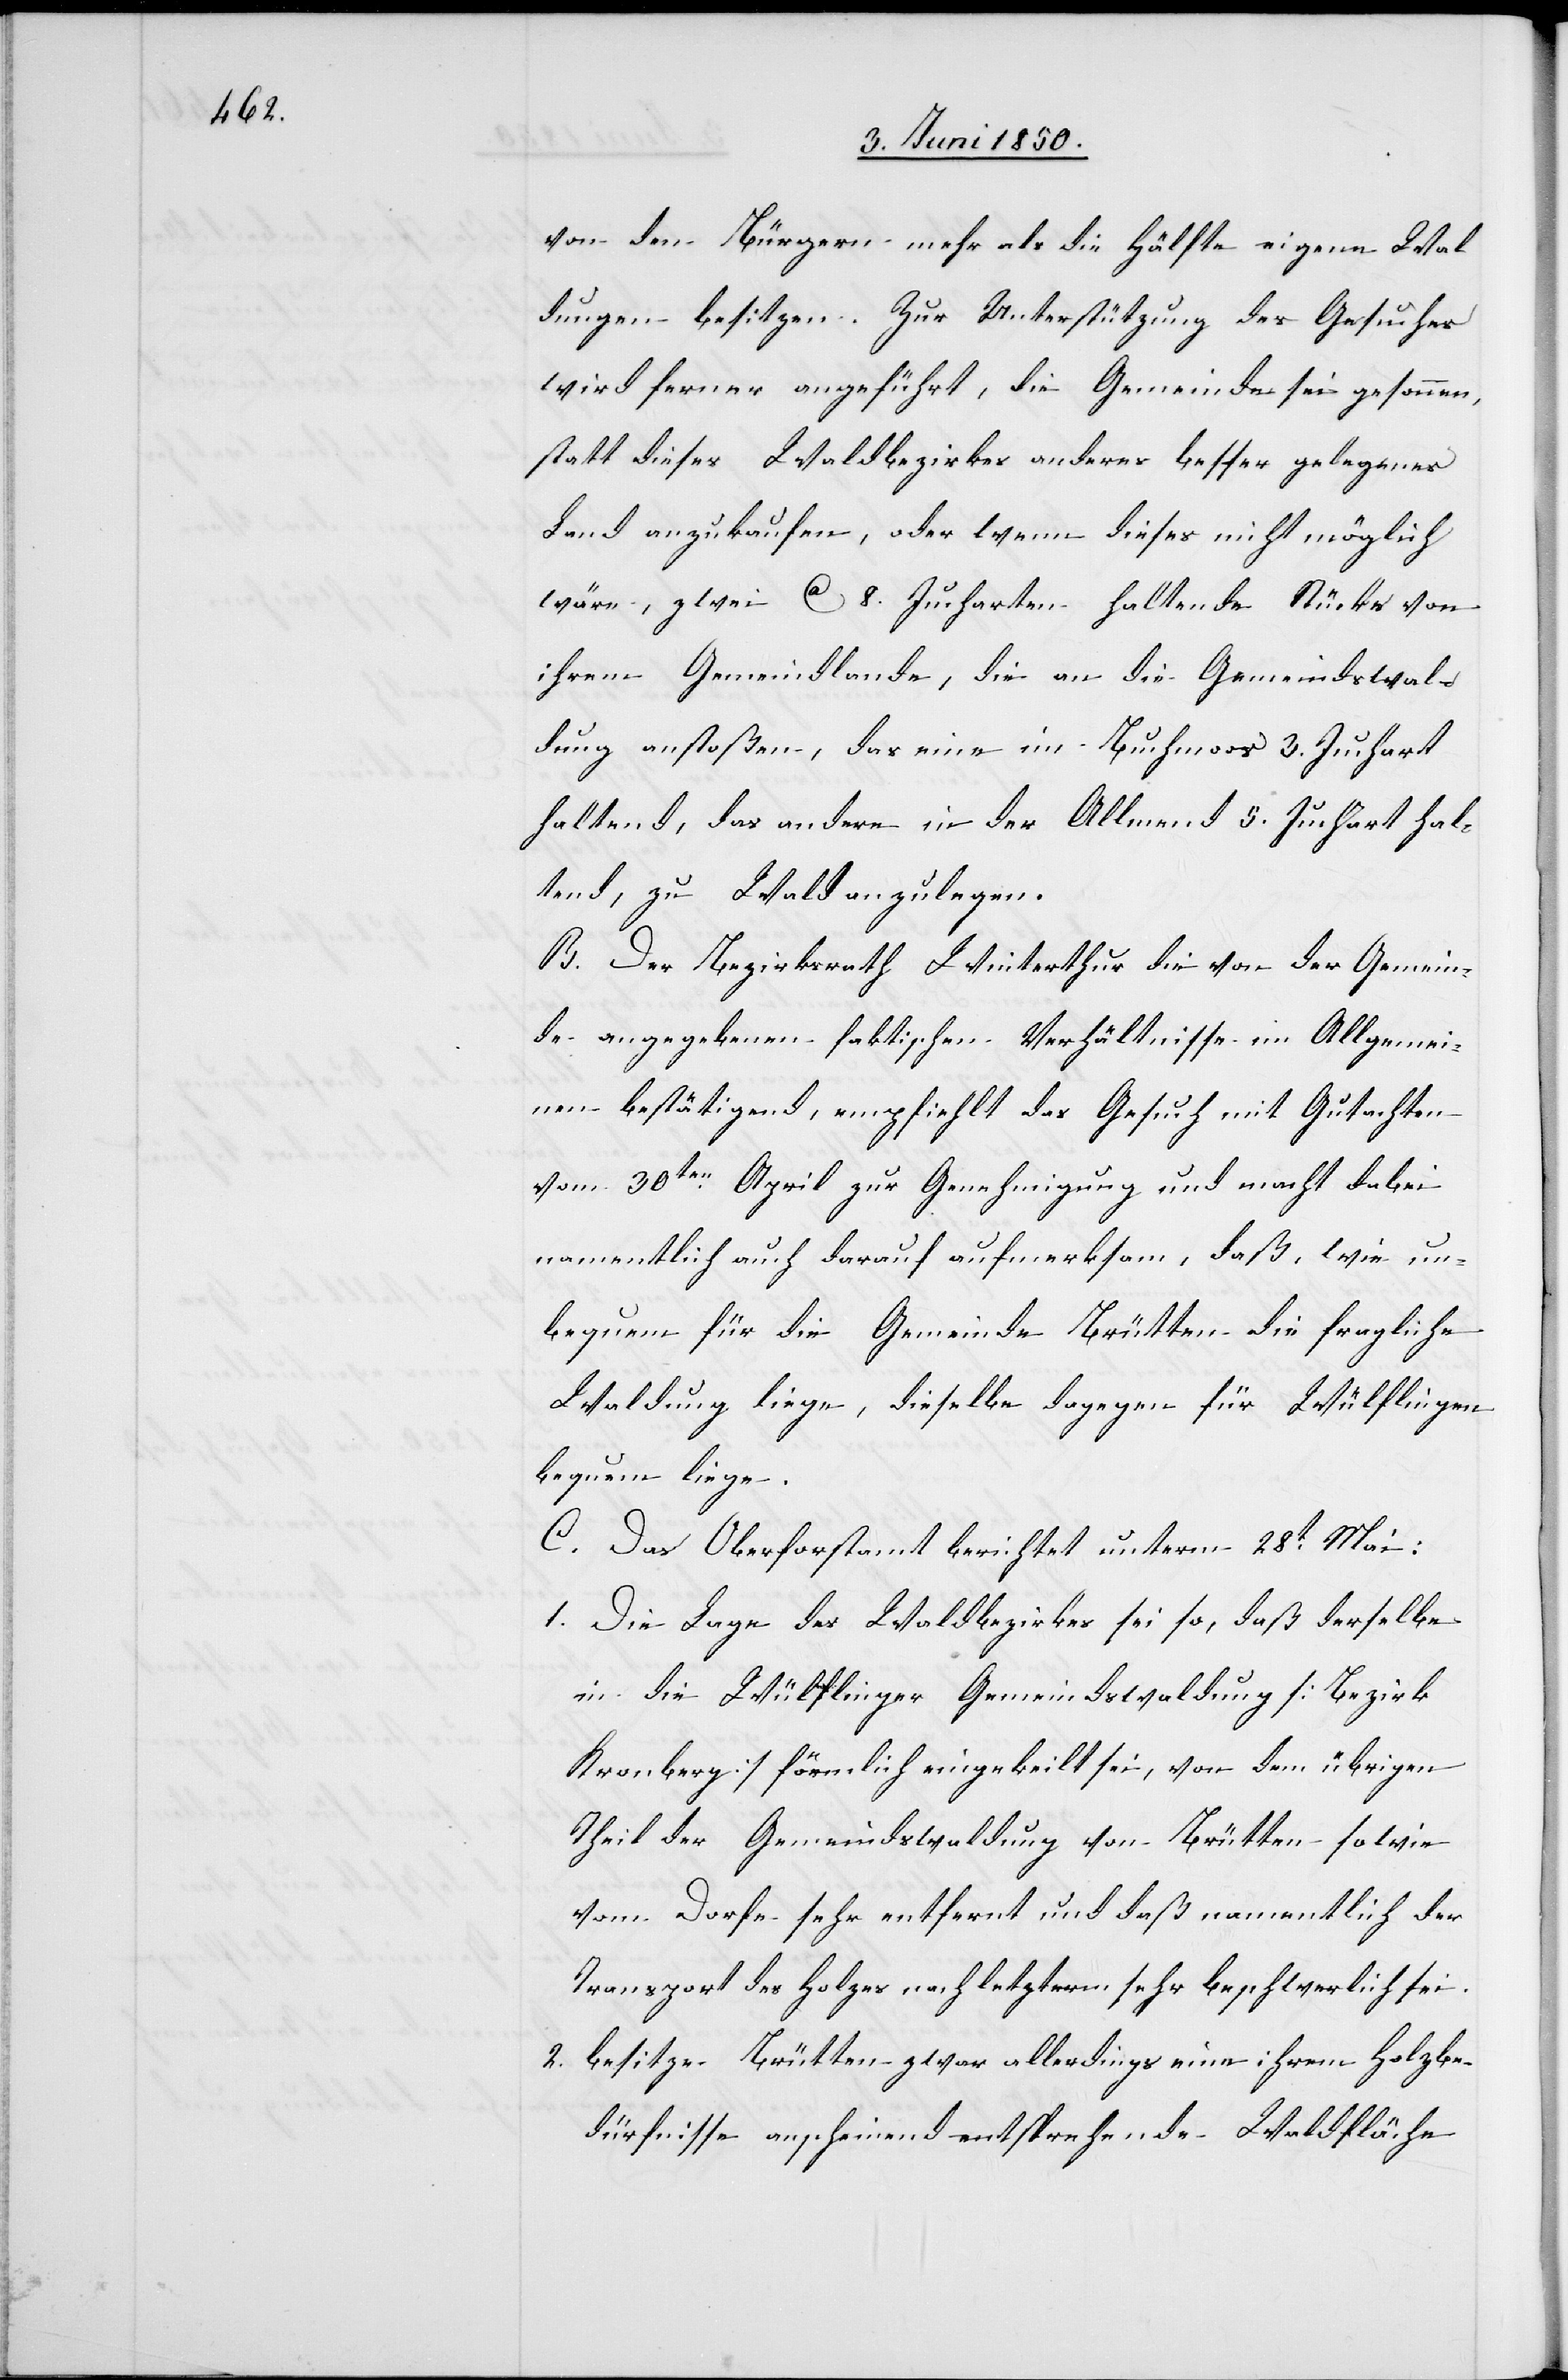
von den Bürgern mehr als die Hälfte eigene Wal¬
dungen besitzen. Zur Unterstützung des Gesuches
wird ferner angeführt, die Gemeinde sei gesonnen,
statt dieses Waldbezirkes anderes besser gelegenes
Land anzukaufen, oder wenn dieses nicht möglich
wäre, zwei Ca 8. Jucharten haltende Stücke von
ihrem Gemeindlande, die an die Gemeindswal¬
dung anstoßen, das eine im Buchmoos 3. Juchart
haltend, das andere in der Allmend 5. Juchart hal¬
tend, zu Waldung anzulegen.
B. Der Bezirksrath Winterthur die von der Gemein¬
de angegebenen faktischen Verhältnisse im Allgemei¬
nen bestätigend, empfiehlt das Gesuch mit Gutachten
vom 30ten April zur Genehmigung und macht dabei
namentlich auch darauf aufmerksam, daß, wie un¬
bequem für die Gemeinde Brütten die fragliche
Waldung liege, dieselbe dagegen für Wülflingen
bequem liege.
C. Das Oberforstamt berichtet unterm 28t Mai:
1. Die Lage des Waldbezirkes sei so, daß derselbe
in die Wülflinger Gemeindswaldung [Bezirk
Kronberg] förmlich eingekeilt sei, von dem übrigen
Theil der Gemeindswaldung von Brütten sowie
vom Dorfe sehr entfernt und daß namentlich der
Transport des Holzes nach letzterm sehr beschwerlich sei.
2. besitze Brütten zwar allerdings eine ihrem Holzbe¬
dürfnisse anscheinend entsprechende Waldfläche